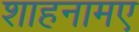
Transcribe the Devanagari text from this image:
शाहनामए